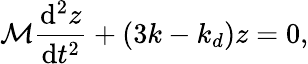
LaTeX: \mathcal{M}\frac{\mathrm{d}^{2}z}{\mathrm{d}t^{2}}+(3k-k_{d})z=0,